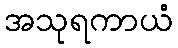
အသုရကာယံ